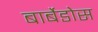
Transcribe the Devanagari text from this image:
बार्बेडोस